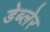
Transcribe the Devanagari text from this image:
डेब्लेर